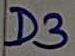
Text: D3